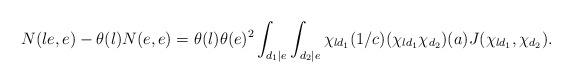
LaTeX: \begin{align*} N(le,e)-\theta(l)N(e,e) = \theta(l)\theta(e)^2\int_{d_1|e}\int_{d_2|e} \chi_{ld_1}(1/c)(\chi_{ld_1}\chi_{d_2})(a)J(\chi_{ld_1},\chi_{d_2}). \end{align*}